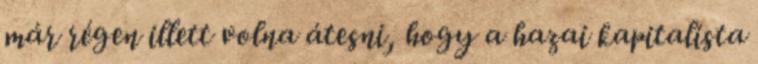
már régen illett volna átesni, hogy a hazai kapitalista